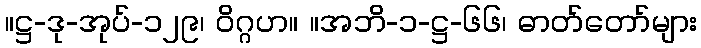
။ဋ္ဌ-ဒု-အုပ်-၁၂၉၊ ဝိဂ္ဂဟ။ ။အဘိ-၁-ဋ္ဌ-၆၆၊ ဓာတ်တော်များ